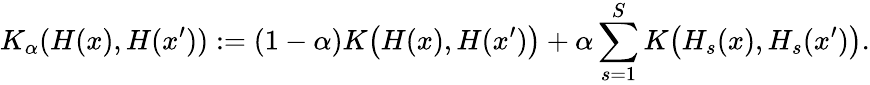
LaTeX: {K}_{\alpha}(H(x),H(x^{\prime})):=(1-\alpha)K\big(H(x),H(x^{\prime})\big)+\alpha\sum_{s=1}^{S}K\big(H_{s}(x),H_{s}(x^{\prime})\big).